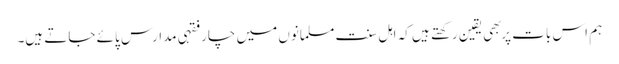
ہم اس بات پر بهی یقین رکهتے ہیں کہ اہل سنت مسلمانوں میں چار فقہی مدارس پائے جاتے ہیں۔